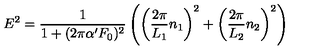
E ^ { 2 } = \frac { 1 } { 1 + ( 2 \pi \alpha ^ { \prime } F _ { 0 } ) ^ { 2 } } \left( \left( \frac { 2 \pi } { L _ { 1 } } n _ { 1 } \right) ^ { 2 } + \left( \frac { 2 \pi } { L _ { 2 } } n _ { 2 } \right) ^ { 2 } \right)